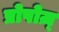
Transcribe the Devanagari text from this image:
प्रोपोज़्